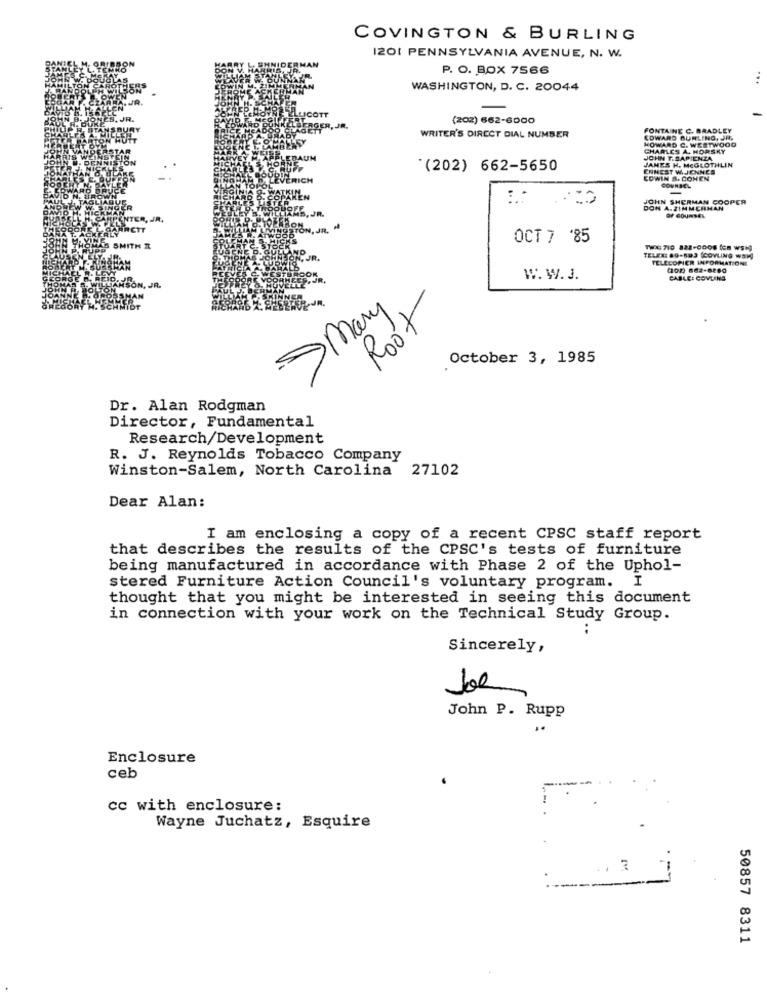
COVINGTON & BURLING
I201 PENNSYLVANIA AVENUE, N. W.
P. O. BOX 7566
WASHINGTON, D. C. 20044
(202) 662-6000
FONTAINE C. BRADLEY
WRITER'S DIRECT DIAL NUMBER
EDWARD BURLING. JH.
HOWARD C. WESTWOOD
CHARLES A. HORSKY
JOHN T.SAPIEN
JAMES H. Me
H. MEGLOTHLIN
*(202) 662-5650
ENHEST W.JENNES
EDWIN B. COHEN
COUNSEL
:
JOHN SHERMAN COOPER
DON A.ZIMMERMAN
OCT 7 '85
THE 710 823-0008 (en wsj
TELRE: 89-893 (COVLING WEN
TELECOPIER INFORMATIONI
(102) 862-8280
W. W. J.
CABLE: COVLING
> Mary
Root
October 3, 1985
Dr. Alan Rodgman
Director, Fundamental
Research/Development
R. J. Reynolds Tobacco Company
Winston-Salem, North Carolina 27102
Dear Alan:
I am enclosing a copy of a recent CPSC staff report
that describes the results of the CPSC's tests of furniture
being manufactured in accordance with Phase 2 of the Uphol-
stered Furniture Action Council's voluntary program. I
thought that you might be interested in seeing this document
in connection with your work on the Technical Study Group.
Sincerely,
Joe
John P. Rupp
Enclosure
ceb
cc with enclosure:
Wayne Juchatz, Esquire
50857 8311